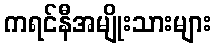
ကရင်နီအမျိုးသားများ